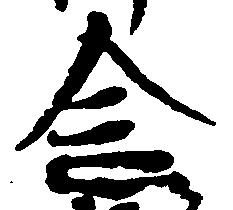
念